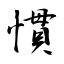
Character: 慣